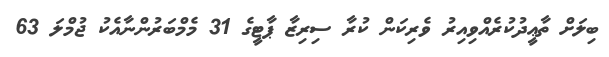
ބިލަށް ތާޢީދުކުރެއްވިއިރު ވެރިކަން ކުރާ ސިރިޒާ ޕާޓީގެ 31 މެމްބަރުންނާއެކު ޖުމްލަ 63